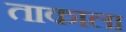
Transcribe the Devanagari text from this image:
ताकाला